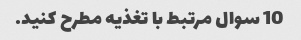
10 سوال مرتبط با تغذیه مطرح کنید.